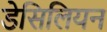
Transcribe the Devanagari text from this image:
डेसिलियन